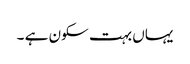
یہاں بہت سکون ہے ۔